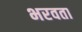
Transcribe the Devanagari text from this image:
भरवता